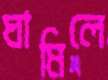
ঘামিলে